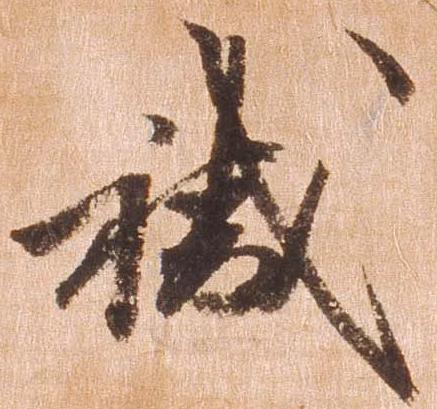
職